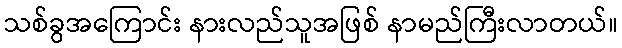
သစ်ခွအကြောင်း နားလည်သူအဖြစ် နာမည်ကြီးလာတယ်။